Civil Veterinary Department. Madras. Admin. report 1926-33 - 1926-1933
Year: 1926
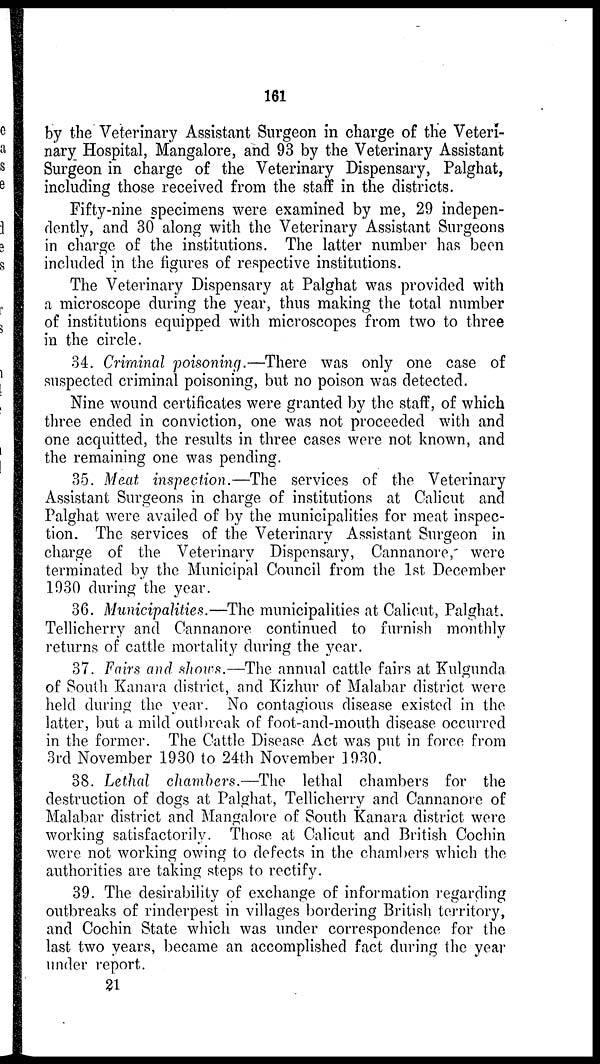
161
by the Veterinary Assistant Surgeon in charge of the Veteri-
nary Hospital, Mangalore, and 93 by the Veterinary Assistant
Surgeon in charge of the Veterinary Dispensary, Palghat,
including those received from the staff in the districts.
Fifty-nine specimens were examined by me, 29 indepen-
dently, and 30 along with the Veterinary Assistant Surgeons
in charge of the institutions. The latter number has been
included in the figures of respective institutions.
The Veterinary Dispensary at Palghat was provided with
a microscope during the year, thus making the total number
of institutions equipped with microscopes from two to three
in the circle.
34. Criminal poisoning.—There was only one case of
suspected criminal poisoning, but no poison was detected.
Nine wound certificates were granted by the staff, of which
three ended in conviction, one was not proceeded with and
one acquitted, the results in three cases were not known, and
the remaining one was pending.
35. Meat inspection.—The services of the Veterinary
Assistant Surgeons in charge of institutions at Calicut and
Palghat were availed of by the municipalities for meat inspec-
tion. The services of the Veterinary Assistant Surgeon in
charge of the Veterinary Dispensary, Cannanore, were
terminated by the Municipal Council from the 1st December
1930 during the year.
36. Municipalities.—The municipalities at Calicut, Palghat.
Tellicherry and Cannanore continued to furnish monthly
returns of cattle mortality during the year.
37. Fairs and shows.—The annual cattle fairs at Kulgunda
of South Kanara district, and Kizhur of Malabar district were
held during the year. No contagious disease existed in the
latter, but a mild outbreak of foot-and-mouth disease occurred
in the former. The Cattle Disease Act was put in force from
3rd November 1930 to 24th November 1930.
38. Lethal chambers.—The lethal chambers for the
destruction of dogs at Palghat, Tellicherry and Cannanore of
Malabar district and Mangalore of South Kanara district were
working satisfactorily. Those at Calicut and British Cochin
were not working owing to defects in the chambers which the
authorities are taking steps to rectify.
39. The desirability of exchange of information regarding
outbreaks of rinderpest in villages bordering British territory,
and Cochin State which was under correspondence for the
last two years, became an accomplished fact during the year
under report.
21